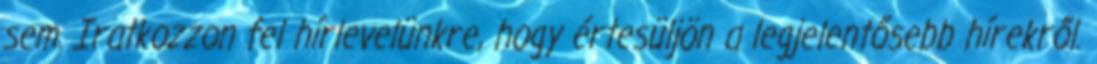
sem. Iratkozzon fel hírlevelünkre, hogy értesüljön a legjelentősebb hírekről.